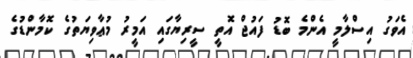
އެވަގު އިސްލާމީ އެންމެ ބޮޑު ފައުޖް އޮތީ ސީރިޔާގައި އަމީރު މުޢާވިޔަތުގެ ކޮމާންޑުގެ